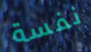
نفسة